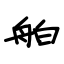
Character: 舶